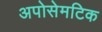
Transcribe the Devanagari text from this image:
अपोसेमटिक